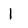
Character: 1